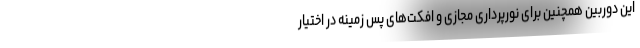
این دوربین همچنین برای نورپرداری مجازی و افکت‌های پس زمینه در اختیار